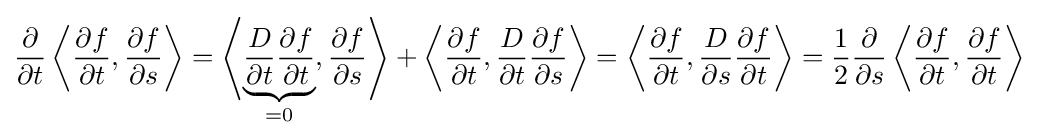
{\frac {\partial }{\partial t}}\left\langle {\frac {\partial f}{\partial t}},{\frac {\partial f}{\partial s}}\right\rangle =\left\langle \underbrace {{\frac {D}{\partial t}}{\frac {\partial f}{\partial t}}} _{=0},{\frac {\partial f}{\partial s}}\right\rangle +\left\langle {\frac {\partial f}{\partial t}},{\frac {D}{\partial t}}{\frac {\partial f}{\partial s}}\right\rangle =\left\langle {\frac {\partial f}{\partial t}},{\frac {D}{\partial s}}{\frac {\partial f}{\partial t}}\right\rangle ={\frac {1}{2}}{\frac {\partial }{\partial s}}\left\langle {\frac {\partial f}{\partial t}},{\frac {\partial f}{\partial t}}\right\rangle